Indian journal of veterinary science and animal husbandry - Volume 10,
Year: 1940
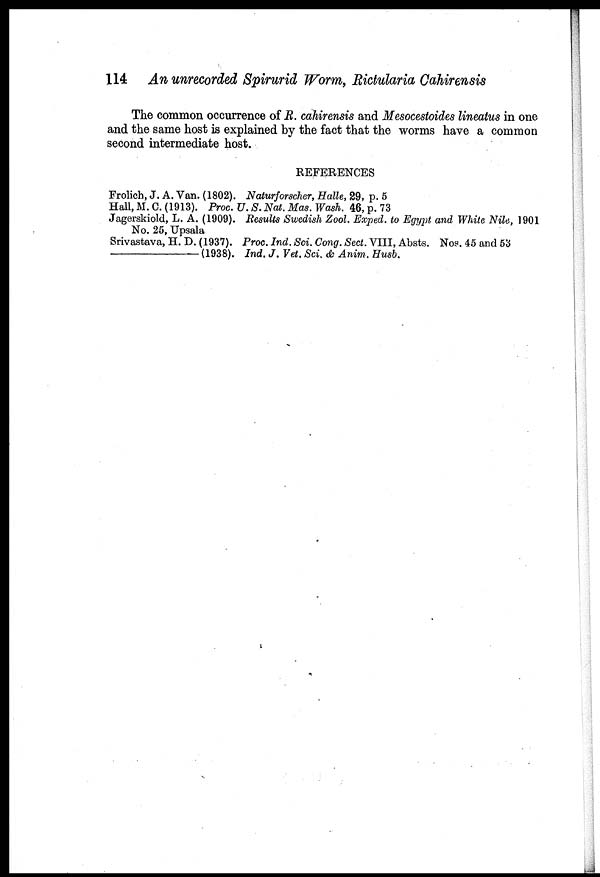
114 An unrecorded Spirurid Worm, Rictularia Cahirensis
The common occurrence of R. cahirensis and Mesocestoides lineatus in one
and the same host is explained by the fact that the worms have a common
second intermediate host.
REFERENCES
Frolich, J. A. Van. (1802). Naturforscher, Halle, 29, p. 5
Hall, M. C. (1913). Proc. U. S. Nat. Mas. Wash. 46, p. 73
Jagerskiold, L. A. (1909). Results Swedish Zool. Exped. to Egypt and White Nile, 1901
No. 25, Upsala
Srivastava, H. D. (1937). Proc. Ind. Sci. Cong. Sect. VIII, Absts. Nos. 45 and 53
––––––––––––––(1938).
Ind. J. Vet. Sci. & Anim. Husb.